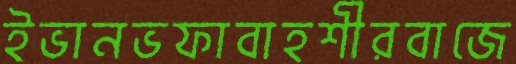
ইভানভফাবাহশীরবাজে